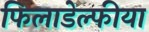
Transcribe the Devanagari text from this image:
फिलाडेल्फीया